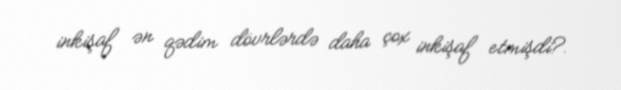
inkişaf ən qədim dövrlərdə daha çox inkişaf etmişdi?.